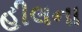
હીલના